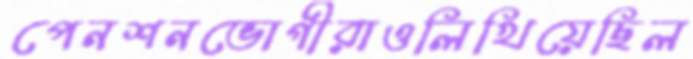
পেনশনভোগীরাওলিখিয়েছিল